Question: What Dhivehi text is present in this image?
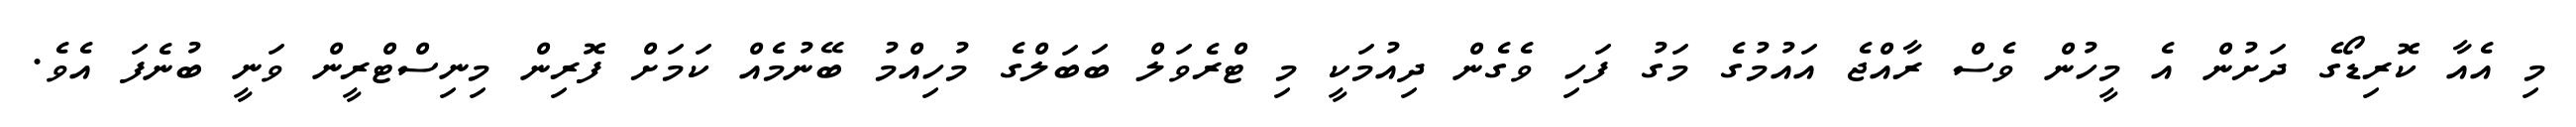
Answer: މި އެއާ ކޮރިޑޯގެ ދަށުން އެ މީހުން ވެސް ރާއްޖެ އައުމުގެ މަގު ފަހި ވެގެން ދިއުމަކީ މި ޓްރެވަލް ބަބަލްގެ މުހިއްމު ބޭނުމެއް ކަމަށް ފޮރިން މިނިސްޓްރީން ވަނީ ބުނެފަ އެވެ.